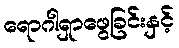
ရောဂါရှာဖွေခြင်းနှင့်